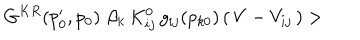
G ^ { K R } ( p _ { 0 } ^ { \prime } , p _ { 0 } ) \, \, \beta _ { k } \, K _ { i j } ^ { 0 } \, g _ { i j } ( p _ { k 0 } ) \, ( \, V - V _ { i j } \, ) >